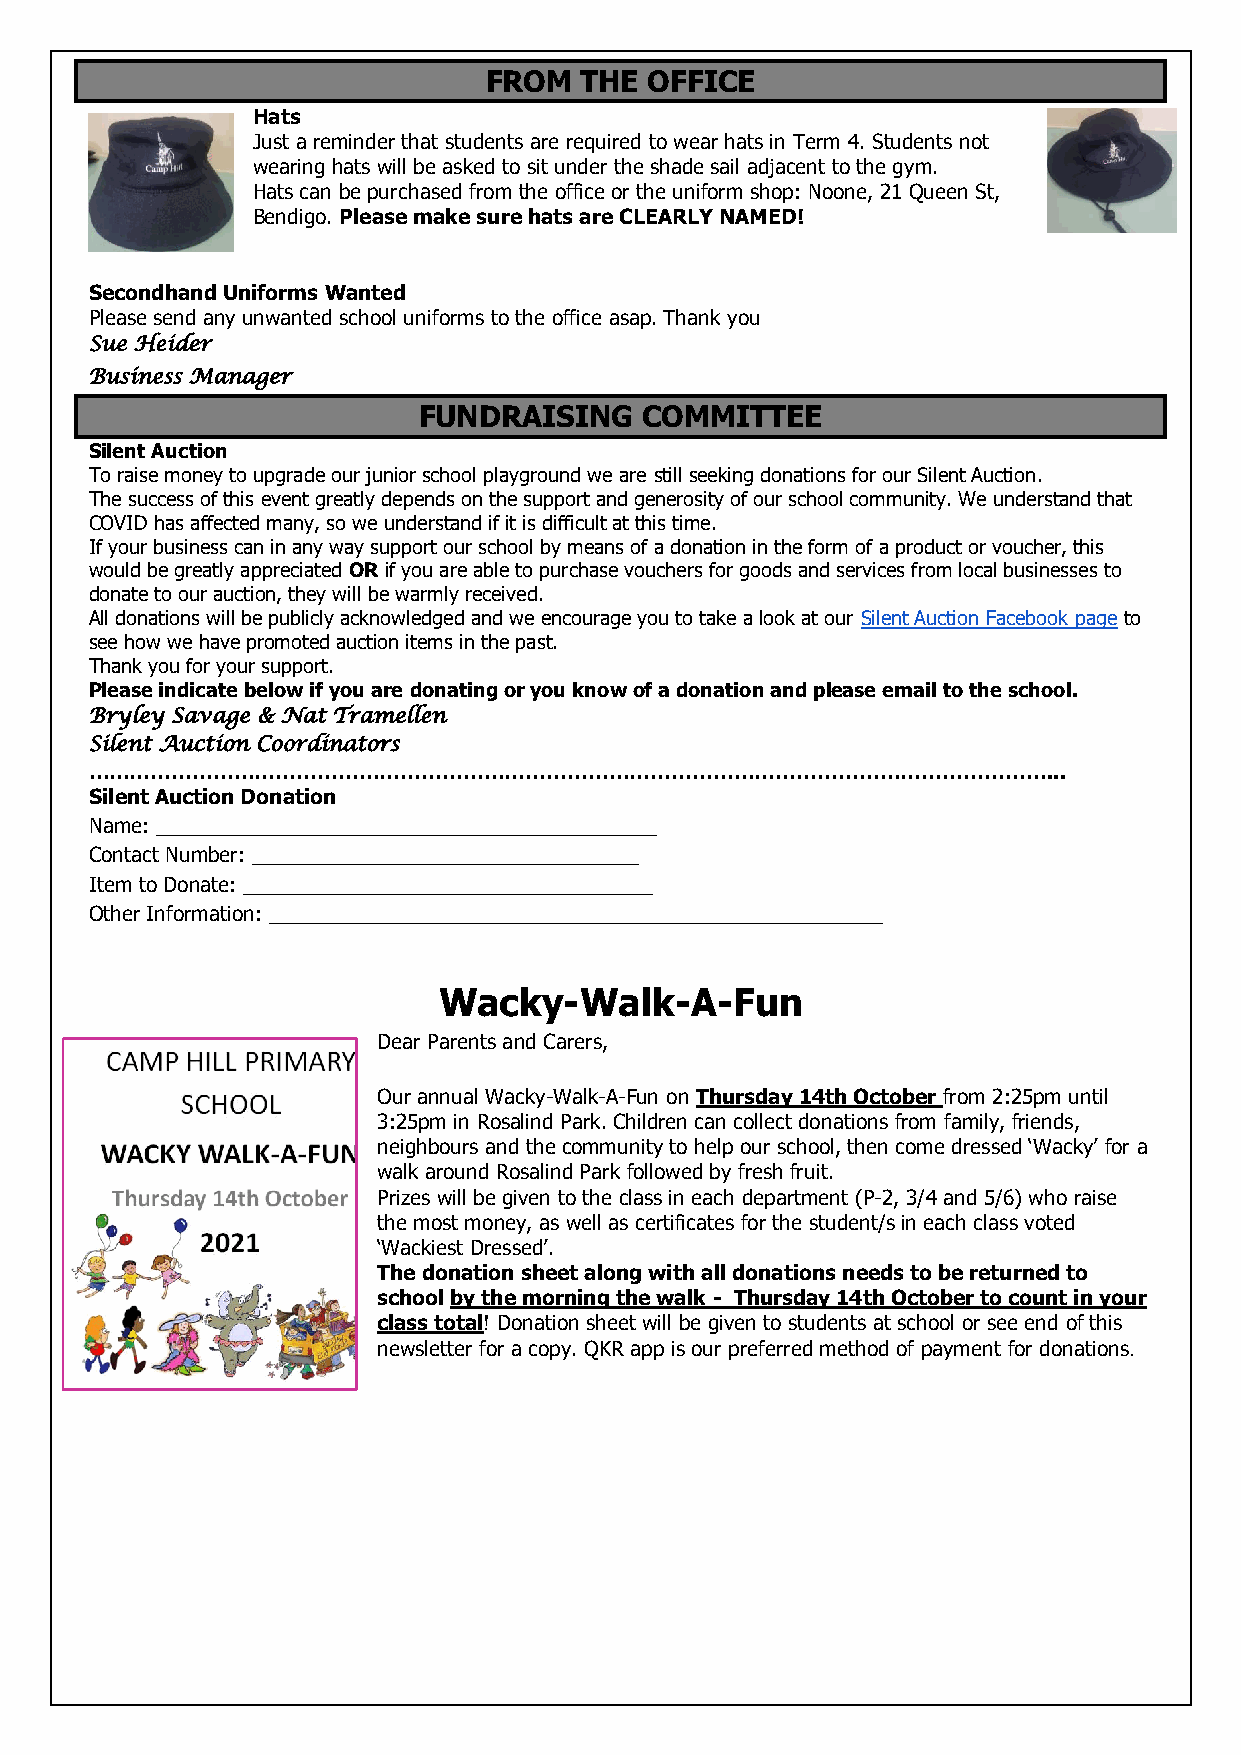
FROM  THE  OFFICE
 Hats
 Just a reminder that students are required to wear hats in Term 4. Students not
 wearing hats will be asked to sit under the shade sail adjacent to the gym.
 Hats can be purchased from the office or the uniform shop: Noone, 21 Queen St,
 Bendigo. Please make sure hats are CLEARLY NAMED!
 Secondhand Uniforms Wanted
 Please send any unwanted school uniforms to the office asap. Thank you
 Sue Heider
 Business Manager
 FUNDRAISING    COMMITTEE
 Silent Auction
 To raise money to upgrade our junior school playground we are still seeking donations for our Silent Auction.
 The success of this event greatly depends on the support and generosity of our school community. We understand that
 COVID has affected many, so we understand if it is difficult at this time.
 If your business can in any way support our school by means of a donation in the form of a product or voucher, this
 would be greatly appreciated OR if you are able to purchase vouchers for goods and services from local businesses to
 donate to our auction, they will be warmly received.
 All donations will be publicly acknowledged and we encourage you to take a look at our Silent Auction Facebook page to
 see how we have promoted auction items in the past.
 Thank you for your support.
 Please indicate below if you are donating or you know of a donation and please email to the school.
 Bryley Savage & Nat Tramellen
 Silent Auction Coordinators
 …………………………………………………………………………………………………………………………...
 Silent Auction Donation
 Name: ____________________________________________
 Contact Number: __________________________________
 Item to Donate: ____________________________________
 Other Information: ______________________________________________________
 Wacky-Walk-A-Fun
 Dear Parents and Carers,
 Our annual Wacky-Walk-A-Fun on Thursday 14th October from 2:25pm until
 3:25pm in Rosalind Park. Children can collect donations from family, friends,
 neighbours and the community to help our school, then come dressed ‘Wacky’ for a
 walk around Rosalind Park followed by fresh fruit.
 Prizes will be given to the class in each department (P-2, 3/4 and 5/6) who raise
 the most money, as well as certificates for the student/s in each class voted
 ‘Wackiest Dressed’.
 The donation sheet along with all donations needs to be returned to
 school by the morning the walk - Thursday 14th October to count in your
 class total! Donation sheet will be given to students at school or see end of this
 newsletter for a copy. QKR app is our preferred method of payment for donations.